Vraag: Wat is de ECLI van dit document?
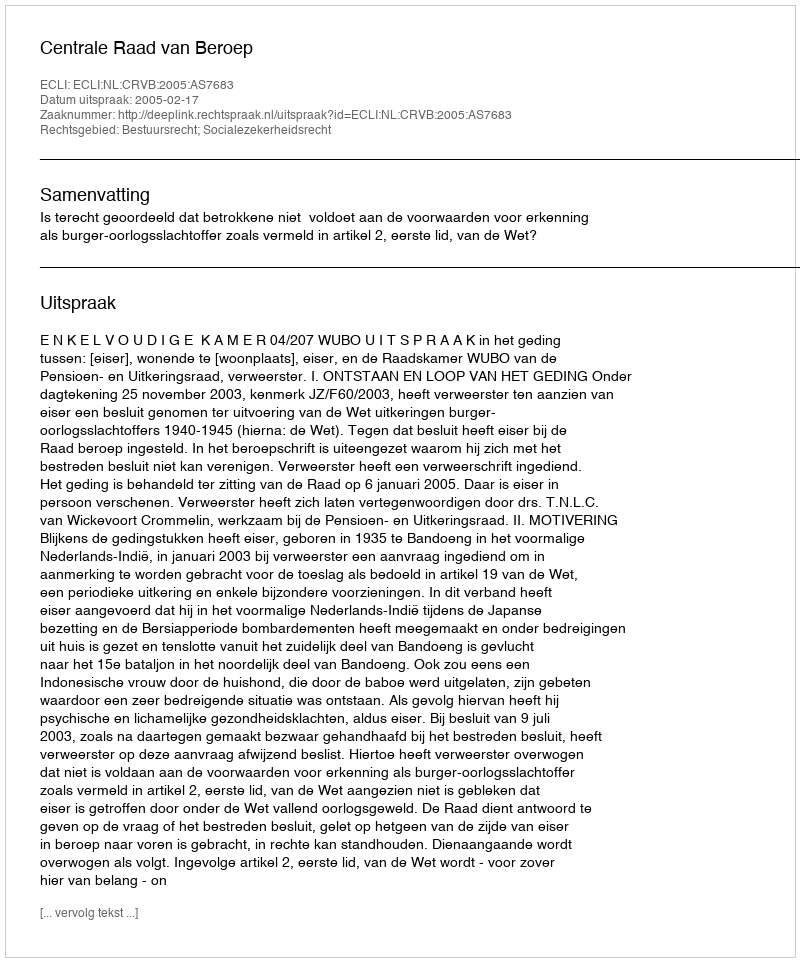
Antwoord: ECLI:NL:CRVB:2005:AS7683